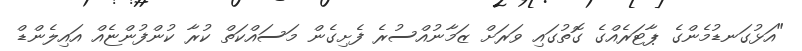
"އަޅުގަނޑުމެންގެ ޕާޓަރެއްގެ ގޮތުގައި ވަރަށް ޒަމާނުއްސުރެ ފެށިގެން މަސައްކަތް ކުރާ ކުންފުންޏެއް އައިލެންޑް